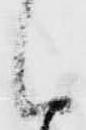
候